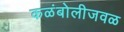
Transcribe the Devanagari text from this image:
कळंबोलीजवळ